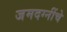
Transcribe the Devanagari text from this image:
जमदग्नींचे